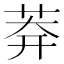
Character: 𦰃